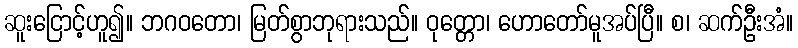
ဆူးငြောင့်ဟူ၍။ ဘဂဝတော၊ မြတ်စွာဘုရားသည်။ ဝုတ္တော၊ ဟောတော်မူအပ်ပြီ။ စ၊ ဆက်ဦးအံ။